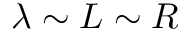
\lambda \sim L \sim R